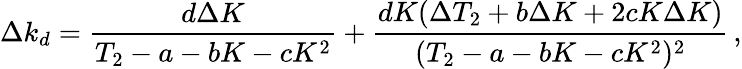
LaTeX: \Delta k_{d}=\frac{d\Delta K}{T_{2}-a-bK-cK^{2}}+\frac{dK(\Delta T_{2}+b\Delta K+2cK\Delta K)}{(T_{2}-a-bK-cK^{2})^{2}}\, ,